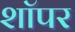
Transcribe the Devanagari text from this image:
शॉपर